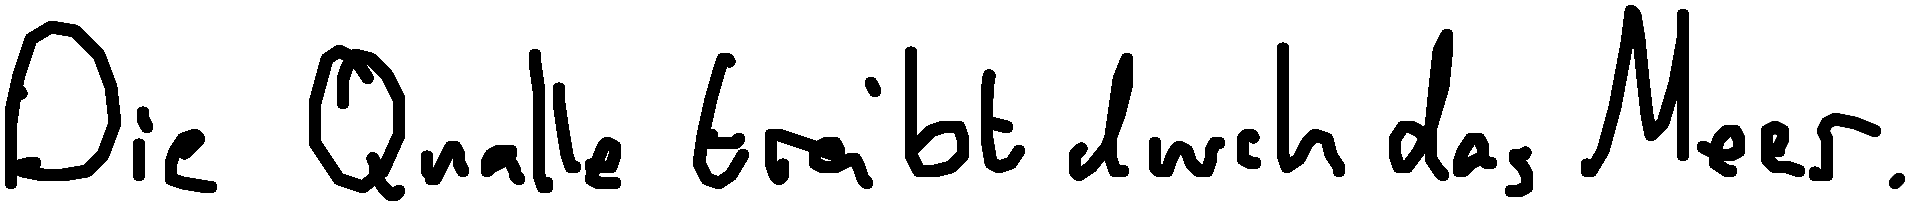
Die Qualle treibt durch das Meer.